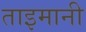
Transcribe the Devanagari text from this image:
ताइमानी